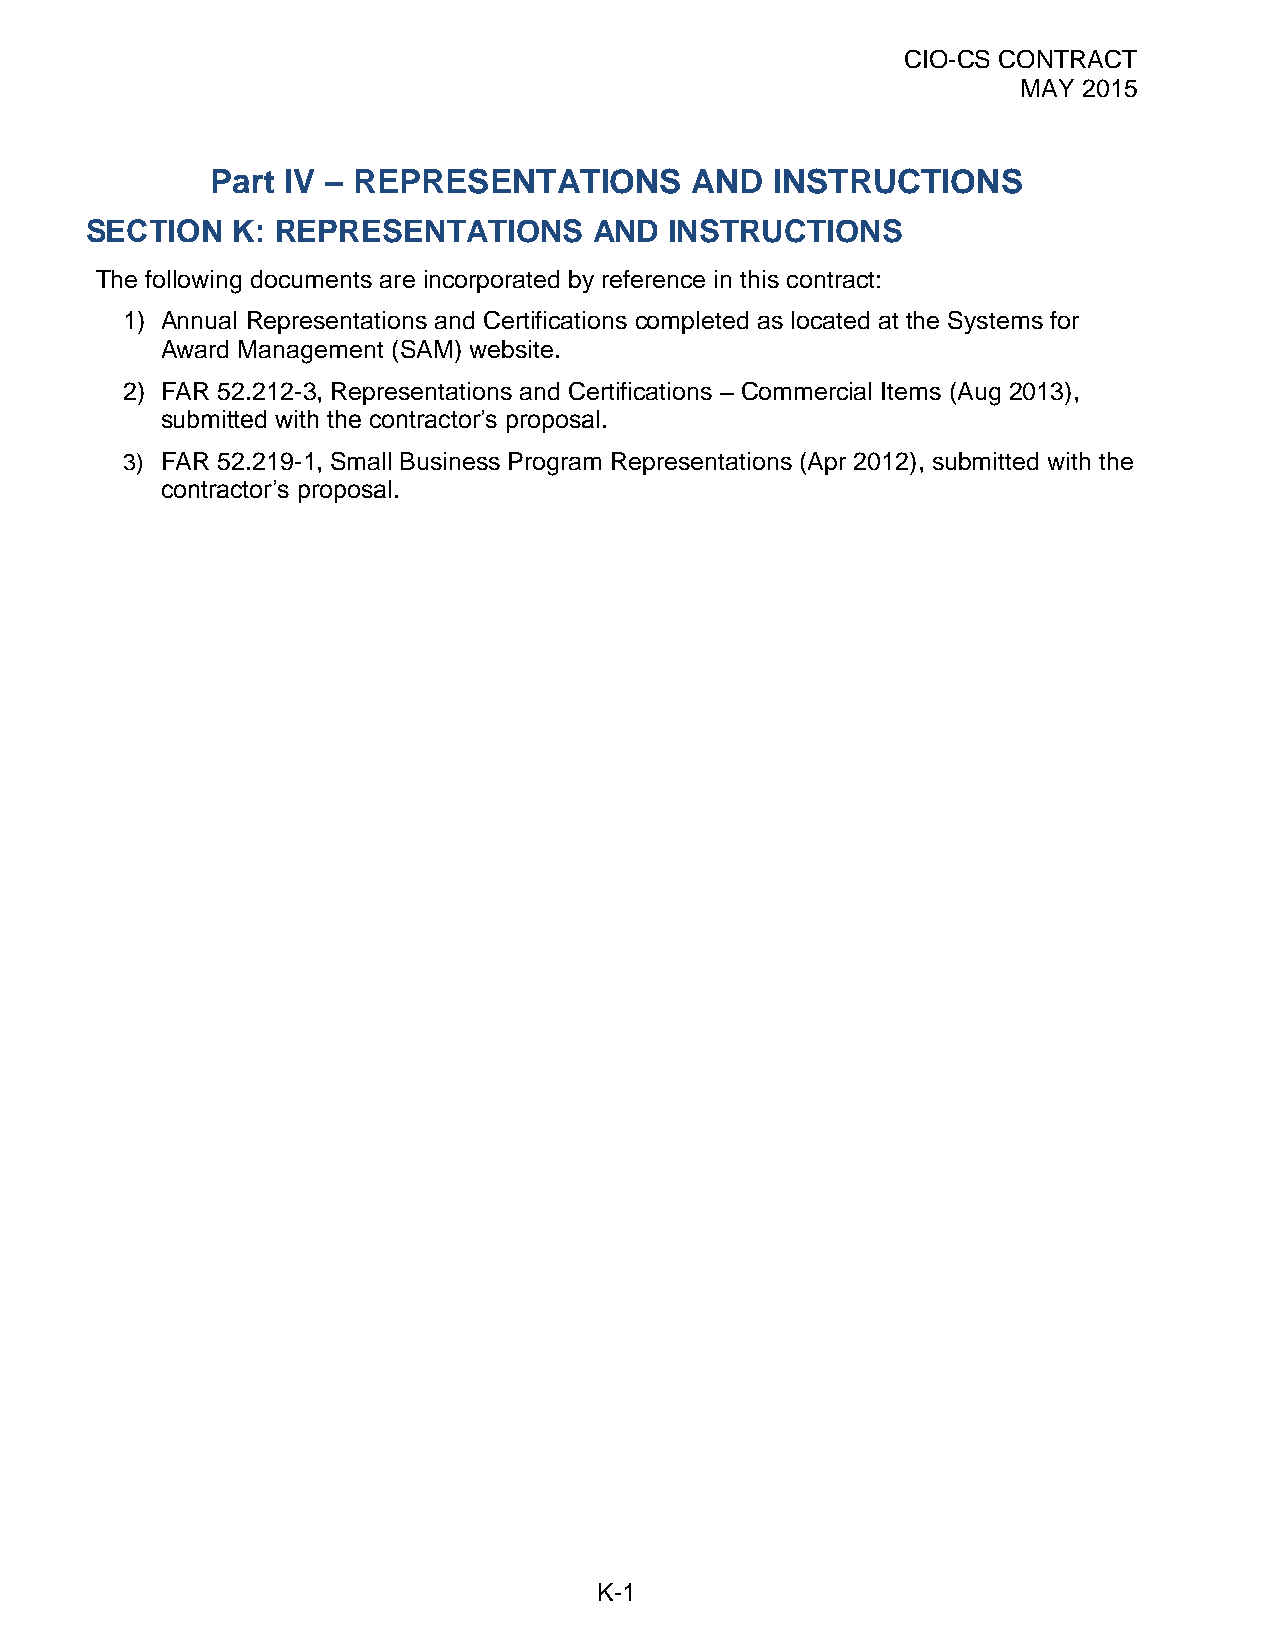
CIO-CS CONTRACT
 MAY 2015
 Part IV – REPRESENTATIONS       AND  INSTRUCTIONS
 SECTION  K: REPRESENTATIONS      AND  INSTRUCTIONS
 The following documents are incorporated by reference in this contract:
 1) Annual Representations and Certifications completed as located at the Systems for
 Award Management (SAM) website.
 2) FAR 52.212-3, Representations and Certifications – Commercial Items (Aug 2013),
 submitted with the contractor’s proposal.
 3) FAR 52.219-1, Small Business Program Representations (Apr 2012), submitted with the
 contractor’s proposal.
 K-1